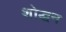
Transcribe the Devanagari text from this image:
शोद्धन